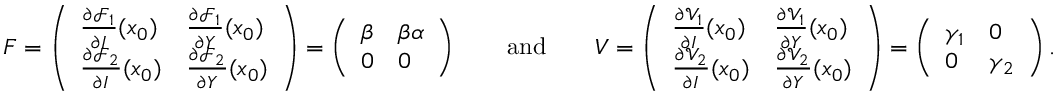
F = \left( \begin{array} { l l } { \frac { \partial \mathcal { F } _ { 1 } } { \partial I } ( x _ { 0 } ) } & { \frac { \partial \mathcal { F } _ { 1 } } { \partial Y } ( x _ { 0 } ) } \\ { \frac { \partial \mathcal { F } _ { 2 } } { \partial I } ( x _ { 0 } ) } & { \frac { \partial \mathcal { F } _ { 2 } } { \partial Y } ( x _ { 0 } ) } \end{array} \right) = \left( \begin{array} { l l } { \beta } & { \beta \alpha } \\ { 0 } & { 0 } \end{array} \right) \qquad \mathrm { a n d } \qquad V = \left( \begin{array} { l l } { \frac { \partial \mathcal { V } _ { 1 } } { \partial I } ( x _ { 0 } ) } & { \frac { \partial \mathcal { V } _ { 1 } } { \partial Y } ( x _ { 0 } ) } \\ { \frac { \partial \mathcal { V } _ { 2 } } { \partial I } ( x _ { 0 } ) } & { \frac { \partial \mathcal { V } _ { 2 } } { \partial Y } ( x _ { 0 } ) } \end{array} \right) = \left( \begin{array} { l l } { \gamma _ { 1 } } & { 0 } \\ { 0 } & { \gamma _ { 2 } } \end{array} \right) .